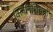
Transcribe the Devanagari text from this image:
क्लिनिशियनों